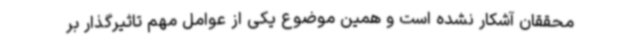
محققان آشکار نشده است و همین موضوع یکی از عوامل مهم تاثیرگذار بر